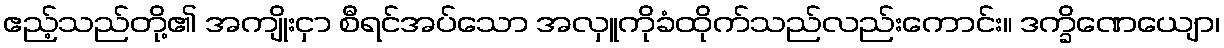
ဧည့်သည်တို့၏ အကျိုးငှာ စီရင်အပ်သော အလှူကိုခံထိုက်သည်လည်းကောင်း။ ဒက္ခိဏေယျော၊